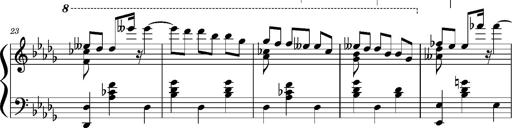
Title: Concerto sans orchestre, S.524a
Composer: Franz Liszt
Key: A major